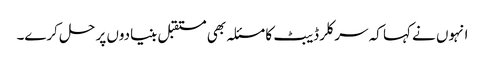
انہوں نے کہا کہ سرکلر ڈیبٹ کا مسئلہ بھی مستقبل بنیادوں پر حل کرے۔